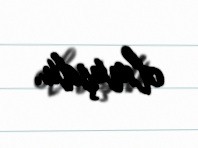
olmuşdu.